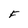
Character: F